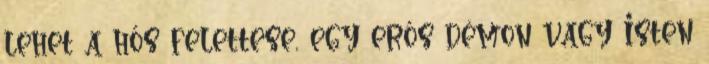
lehet a hős felettese, egy erős démon vagy Isten